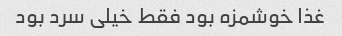
غذا خوشمزه بود فقط خیلى سرد بود